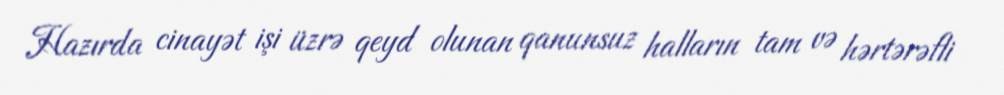
Hazırda cinayət işi üzrə qeyd olunan qanunsuz halların tam və hərtərəfli